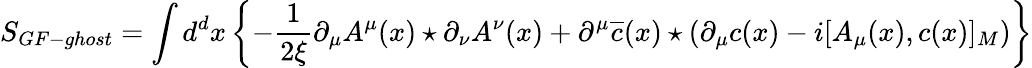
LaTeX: S_{GF-ghost}=\int d^{d}x\left\{ -\frac{1}{2\xi}\partial_{\mu}A^{\mu}(x)\star\partial_{\nu}A^{\nu}(x)+\partial^{\mu}\overline{{{c}}}(x)\star\left(\partial_{\mu}c(x)-i[A_{\mu}(x),c(x)]_{M}\right)\right\}